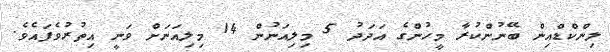
ލިންކްޑްއިން ބޭނުންކުރާ މީހުންގެ އަދަދު 5 މިލިއަނުން 14 މިލިއަނަށް ވަނީ އިތުރުވެފައެވެ.